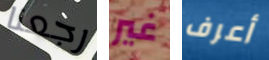
رجعنا غير أعرف